Insane asylums Bombay 1873-77 - 1873-1877
Year: 1873
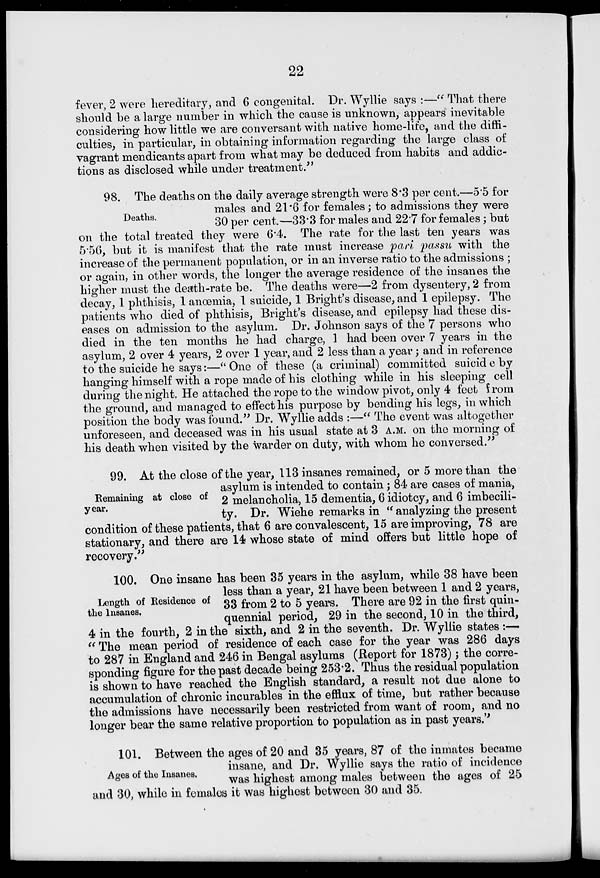
22
fever, 2 were hereditary, and 6 congenital. Dr. Wyllie says :—" That there
should be a large number in which the cause is unknown, appears inevitable
considering how little we are conversant with native home-life, and the diffi-
culties, in particular, in obtaining information regarding the large class of
vagrant mendicants apart from what may be deduced from habits and addic-
tions as disclosed while under treatment."
Deaths.
98. The deaths on the daily average strength were 8.3 per cent.—5.5 for
males and 21.6 for females; to admissions they were
30 per cent.—33.3 for males and 22.7 for females; but
on the total treated they were 6.4. The rate for the last ten years was
5.56, but it is manifest that the rate must increase pari passu with the
increase of the permanent population, or in an inverse ratio to the admissions ;
or again, in other words, the longer the average residence of the insanes the
higher must the death-rate be. The deaths were—2 from dysentery, 2 from
decay, 1 phthisis, 1 anœmia, 1 suicide, 1 Bright's disease, and 1 epilepsy. The
patients who died of phthisis, Bright's disease, and epilepsy had these dis-
eases on admission to the asylum. Dr. Johnson says of the 7 persons who
died in the ten months he had charge, 1 had been over 7 years in the
asylum, 2 over 4 years, 2 over 1 year, and 2 less than a year; and in reference
to the suicide he says:—" One of these (a criminal) committed suicid e by
hanging himself with a rope made of his clothing while in his sleeping cell
during the night. He attached the rope to the window pivot, only 4 feet from
the ground, and managed to effect his purpose by bending his legs, in which
position the body was found." Dr. Wyllie adds :—" The event was altogether
unforeseen, and deceased was in his usual state at 3 A.M. on the morning of
his death when visited by the warder on duty, with whom he conversed."
Remaining at close of
year.
99. At the close of the year, 113 insanes remained, or 5 more than the
asylum is intended to contain; 84 are cases of mania,
2 melancholia, 15 dementia, 6 idiotcy, and 6 imbecili-
ty. Dr. Wiehe remarks in " analyzing the present
condition of these patients, that 6 are convalescent, 15 are improving, 78 are
stationary, and there are 14 whose state of mind offers but little hope of
recovery."
Length of Residence of
the Insanes.
100. One insane has been 35 years in the asylum, while 38 have been
less than a year, 21 have been between 1 and 2 years,
33 from 2 to 5 years. There are 92 in the first quin-
quennial period, 29 in the second, 10 in the third,
4 in the fourth, 2 in the sixth, and 2 in the seventh. Dr. Wyllie states :—
" The mean period of residence of each case for the year was 286 days
to 287 in England and 246 in Bengal asylums (Report for 1873); the corre-
sponding figure for the past decade being 253.2. Thus the residual population
is shown to have reached the English standard, a result not due alone to
accumulation of chronic incurables in the efflux of time, but rather because
the admissions have necessarily been restricted from want of room, and no
longer bear the same relative proportion to population as in past years."
Ages of the Insanes.
101. Between the ages of 20 and 35 years, 87 of the inmates became
insane, and Dr. Wyllie says the ratio of incidence
was highest among males between the ages of 25
and 30, while in females it was highest between 30 and 35.